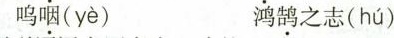
呜咽(γè) 鸿鹄之志( hú )